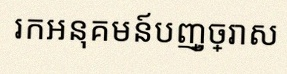
រកអនុគមន៍បញ្ច្រាស